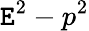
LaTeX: \mathtt{E}^{2}-p^{2}